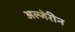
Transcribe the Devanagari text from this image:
अल्जेरीन